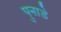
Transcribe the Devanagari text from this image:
पुनाडे